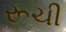
રૂચી